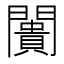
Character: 闠